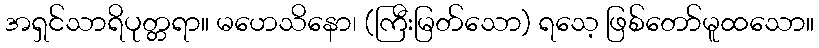
အရှင်သာရိပုတ္တရာ။ မဟေသိနော၊ (ကြီးမြတ်သော) ရသေ့ ဖြစ်တော်မူထသော။